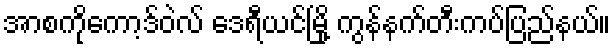
အာစကိုကော့ဒ်ဝဲလ် ဒေရီယင်မြို့ ကွန်နက်တီးကပ်ပြည်နယ်။